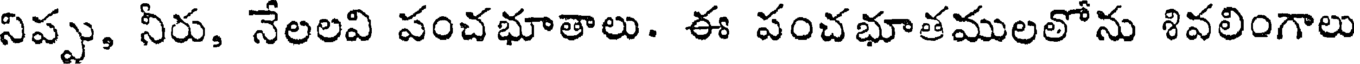
నిప్పు, నీరు, నేలలవి పంచభూతాలు. ఈ పంచభూతములలోను శివలింగాలు